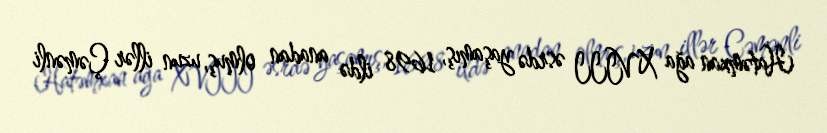
Hatəmxan ağa XVIII əsrdə yaşamış, 1698 ildə anadan olmuş, uzun illər Çəmənli